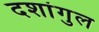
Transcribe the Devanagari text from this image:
दशांगुल